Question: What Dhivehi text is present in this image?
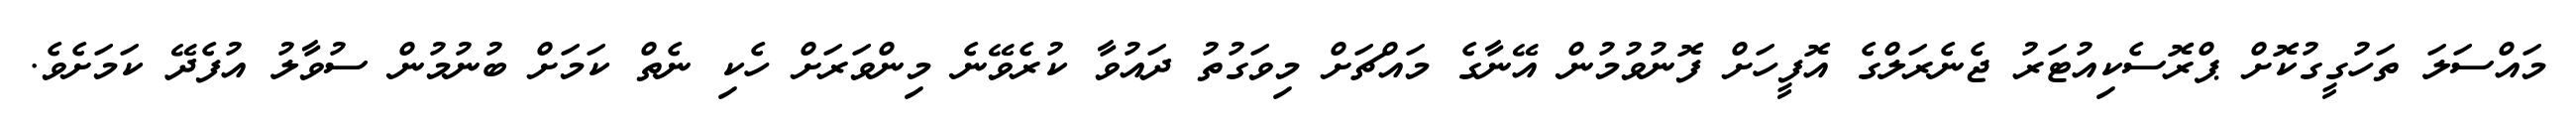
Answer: މައްސަލަ ތަހުގީގުކޮށް ޕްރޮސެކިއުޓަރު ޖެނެރަލްގެ އޮފީހަށް ފޮނުވުމުން އޭނާގެ މައްޗަށް މިވަގުތު ދައުވާ ކުރެވޭނެ މިންވަރަށް ހެކި ނެތް ކަމަށް ބުނުމުން ސުވާލު އުފެދޭ ކަމަށެވެ.